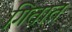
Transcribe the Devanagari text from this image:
गितात